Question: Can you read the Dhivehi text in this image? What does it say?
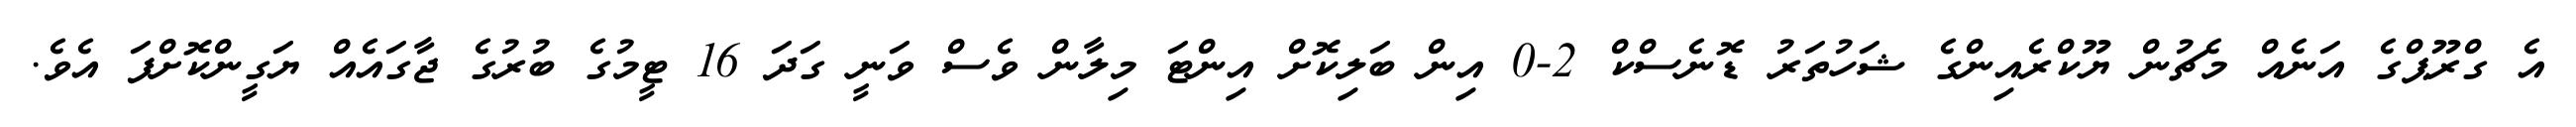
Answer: އެ ގްރޫޕްގެ އަނެއް މެޗުން ޔޫކްރެއިންގެ ޝަހުތަރު ޑޮނެސްކް 2-0 އިން ބަލިކޮށް އިންޓަ މިލާން ވެސް ވަނީ ގަދަ 16 ޓީމުގެ ބުރުގެ ޖާގައެއް ޔަގީންކޮށްފަ އެވެ.